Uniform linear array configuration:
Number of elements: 16
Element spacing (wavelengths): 0.75
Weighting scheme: hann
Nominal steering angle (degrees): -60
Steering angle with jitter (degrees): -59.713
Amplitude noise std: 0.05
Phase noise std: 0.05

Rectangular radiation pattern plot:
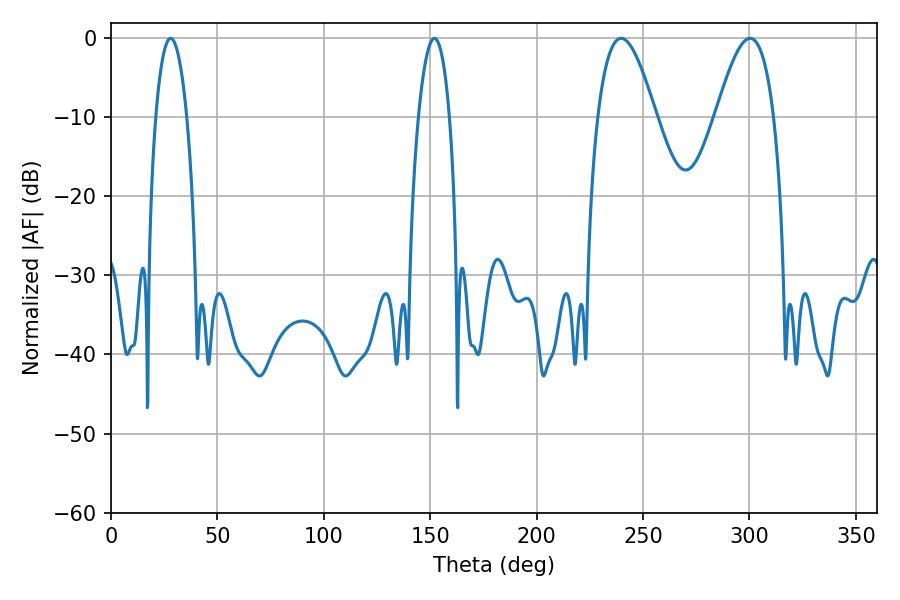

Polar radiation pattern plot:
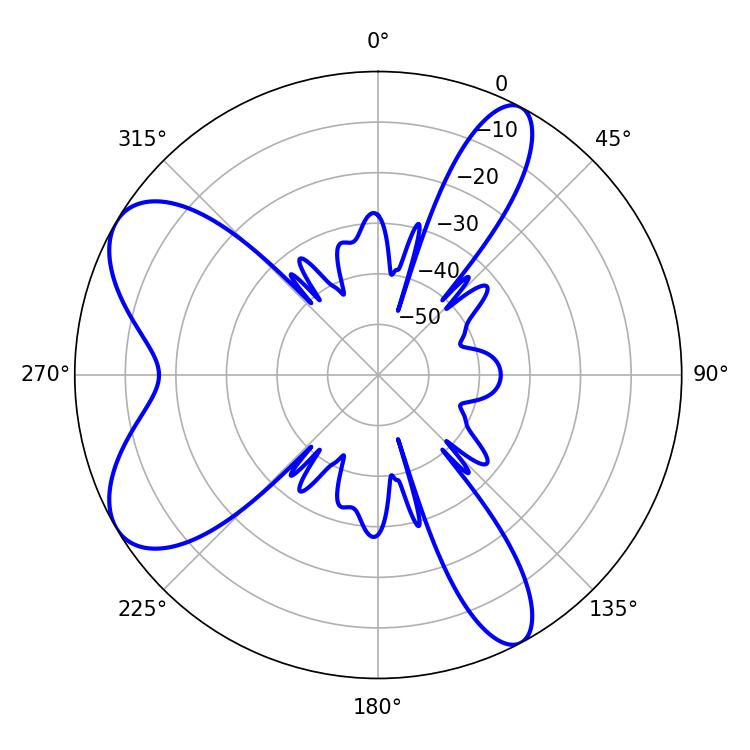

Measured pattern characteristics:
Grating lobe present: TRUE
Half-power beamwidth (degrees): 14.76
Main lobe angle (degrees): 239.76